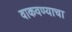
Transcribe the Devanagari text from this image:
वाकवण्याचा